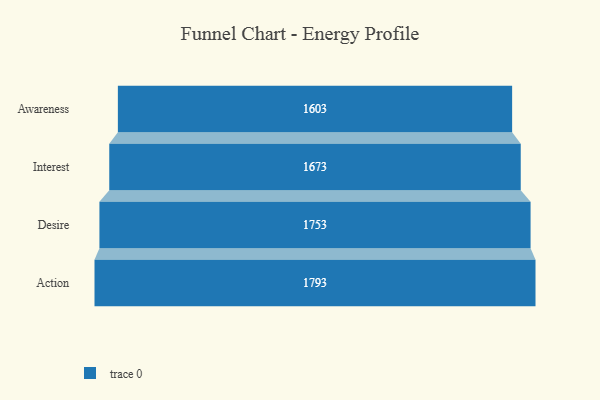
{"axis": {"x": "Stage", "y": "Value"}, "legend": [""], "data": [{"x": "Awareness", "y": 1603.0, "type": ""}, {"x": "Interest", "y": 1673.0, "type": ""}, {"x": "Desire", "y": 1753.0, "type": ""}, {"x": "Action", "y": 1793.0, "type": ""}]}